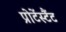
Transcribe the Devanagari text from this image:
प्रोटेंस्टैंट